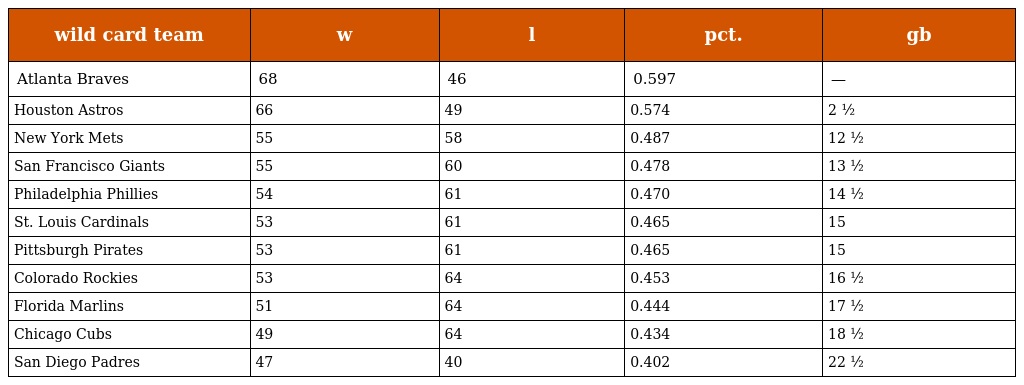
| wild card team | w | l | pct. | gb |
 | --- | --- | --- | --- | --- |
 | Atlanta Braves | 68 | 46 | 0.597 | — |
 | Houston Astros | 66 | 49 | 0.574 | 2 ½ |
 | New York Mets | 55 | 58 | 0.487 | 12 ½ |
 | San Francisco Giants | 55 | 60 | 0.478 | 13 ½ |
 | Philadelphia Phillies | 54 | 61 | 0.470 | 14 ½ |
 | St. Louis Cardinals | 53 | 61 | 0.465 | 15 |
 | Pittsburgh Pirates | 53 | 61 | 0.465 | 15 |
 | Colorado Rockies | 53 | 64 | 0.453 | 16 ½ |
 | Florida Marlins | 51 | 64 | 0.444 | 17 ½ |
 | Chicago Cubs | 49 | 64 | 0.434 | 18 ½ |
 | San Diego Padres | 47 | 40 | 0.402 | 22 ½ |